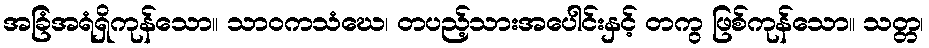
အခြံအရံရှိကုန်သော။ သာဝကသံဃေ၊ တပည့်သားအပေါင်းနှင့် တကွ ဖြစ်ကုန်သော။ သတ္တ၊